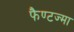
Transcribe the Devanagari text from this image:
फैण्टज्मा